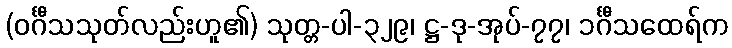
(ဝင်္ဂီသသုတ်လည်းဟူ၏) သုတ္တ-ပါ-၃၂၉၊ ဋ္ဌ-ဒု-အုပ်-၇၇၊ ၁င်္ဂီသထေရ်က